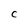
Character: C